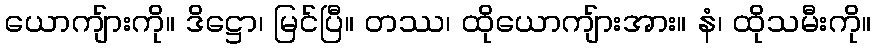
ယောကျ်ားကို။ ဒိဋ္ဌော၊ မြင်ပြီ။ တဿ၊ ထိုယောကျ်ားအား။ နံ၊ ထိုသမီးကို။